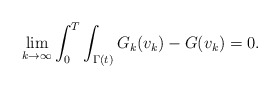
\begin{align*}\lim_{k \to \infty}\int_0^T\int_{\Gamma(t)}G_k(v_k) - G(v_k) = 0.\end{align*}